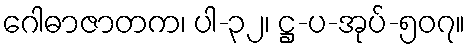
ဂေါဓာဇာတက၊ ပါ-၃၂၊ ဋ္ဌ-ပ-အုပ်-၅၀၇။